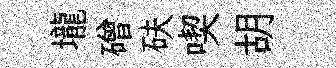
壠磳砆喫胡